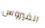
الفيروس